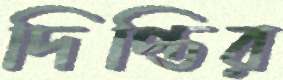
দিপ্তির